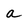
Character: a